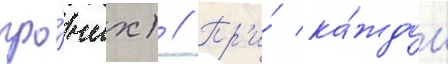
про́чих) // Пр'и́ ка́ждом